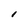
Character: I